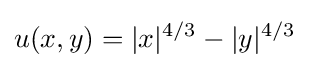
u(x,y)=|x|^{4/3}-|y|^{4/3}